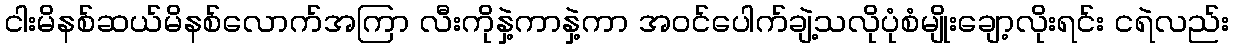
ငါးမိနစ်ဆယ်မိနစ်လောက်အကြာ လီးကိုနှဲ့ကာနှဲ့ကာ အဝင်ပေါက်ချဲ့သလိုပုံစံမျိုးချော့လိုးရင်း ငရဲလည်း